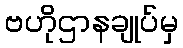
ဗဟိုဌာနချုပ်မှ